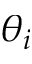
\theta _ { i }